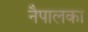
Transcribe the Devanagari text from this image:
नैपालका